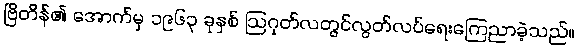
ဗြိတိန်၏ အောက်မှ ၁၉၆၃ ခုနှစ် ဩဂုတ်လတွင်လွတ်လပ်ရေးကြေညာခဲ့သည်။